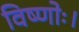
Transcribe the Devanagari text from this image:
विष्णोः।